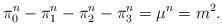
LaTeX: \begin{align*}\pi _{0}^{n}-\pi _{1}^{n}-\pi _{2}^{n}-\pi _{3}^{n}=\mu ^{n}=m^{2}.\end{align*}